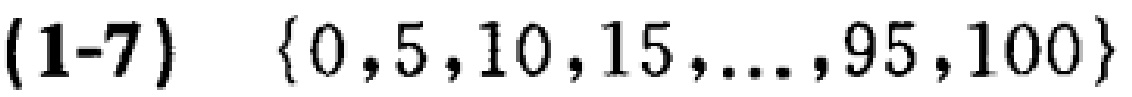
$(1 - 7)\quad \{0,5,10,15,\ldots,95,100\}$